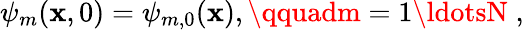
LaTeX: \psi_{m}(\mathbf{x},0)=\psi_{m,0}(\mathbf{x}),\qquadm=1\ldotsN\; ,